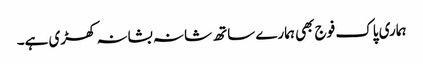
ہماری پاک فوج بھی ہمارے ساتھ شانہ بشانہ کھڑی ہے۔